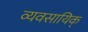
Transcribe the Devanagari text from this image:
व्यवसायिक्